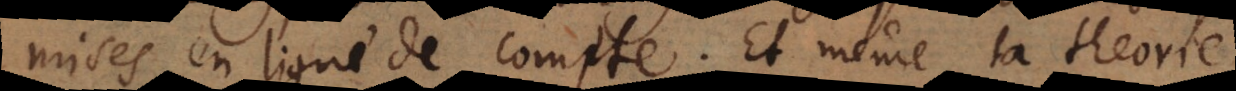
mises en ligne de compte. Et même la theorie